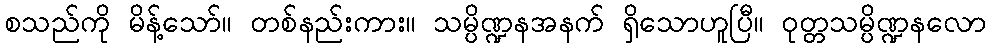
စသည်ကို မိန့်သော်။ တစ်နည်းကား။ သမ္ပိဏ္ဍနအနက် ရှိသောဟူပြီ။ ဝုတ္တသမ္ပိဏ္ဍနလော